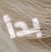
بدأ